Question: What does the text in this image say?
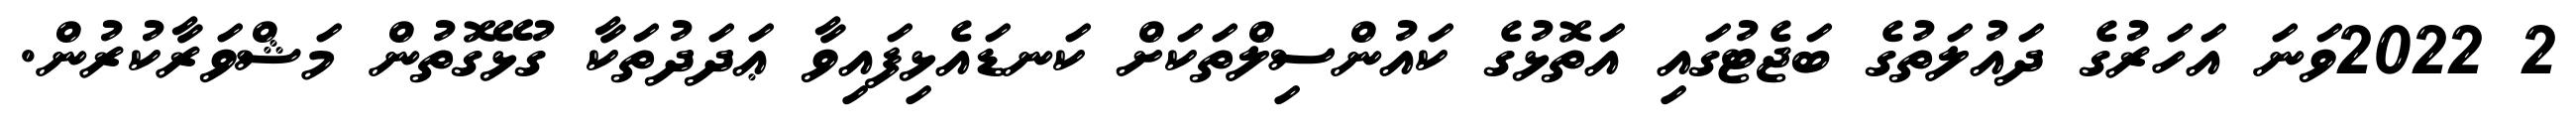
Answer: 2 2022ވަނަ އަހަރުގެ ދައުލަތުގެ ބަޖެޓުގައި އަތޮޅުގެ ކައުންސިލްތަކަށް ކަނޑައެޅިފައިވާ ޢަދަދުތަކާ ގުޅޭގޮތުން މަޝްވަރާކުރުން.